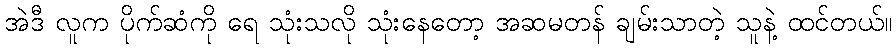
အဲဒီ လူက ပိုက်ဆံကို ရေ သုံးသလို သုံးနေတော့ အဆမတန် ချမ်းသာတဲ့ သူနဲ့ ထင်တယ်။